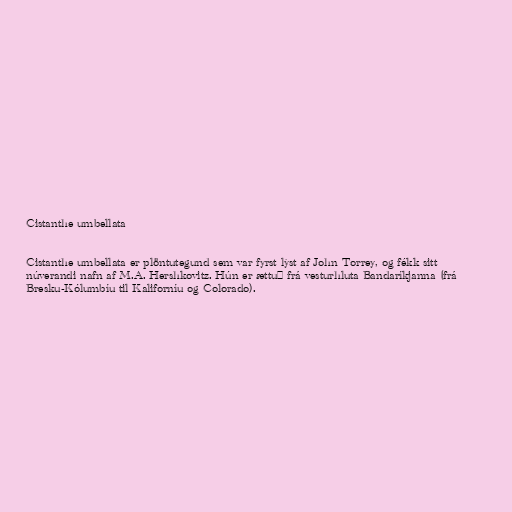
Cistanthe umbellata

Cistanthe umbellata er plöntutegund sem var fyrst lýst af John Torrey, og fékk sitt
núverandi nafn af M.A. Hershkovitz. Hún er ættuð frá vesturhluta Bandaríkjanna (frá
Bresku-Kólumbíu til Kaliforníu og Colorado).